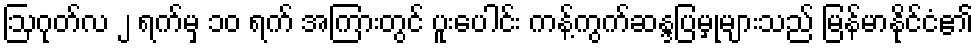
ဩဂုတ်လ ၂ ရက်မှ ၁၀ ရက် အကြားတွင် ပူးပေါင်း ကန့်ကွက်ဆန္ဒပြမှုများသည် မြန်မာနိုင်ငံ၏